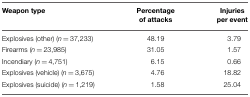
<table><thead><tr><td><b>Weapon type</b></td><td><b>Percentage of attacks</b></td><td><b>Injuries per event</b></td></tr></thead><tbody><tr><td>Explosives (other) (<i>n</i> = 37,233)</td><td>48.19</td><td>3.79</td></tr><tr><td>Firearms (<i>n</i> = 23,985)</td><td>31.05</td><td>1.57</td></tr><tr><td>Incendiary (<i>n</i> = 4,751)</td><td>6.15</td><td>0.66</td></tr><tr><td>Explosives (vehicle) (<i>n</i> = 3,675)</td><td>4.76</td><td>18.82</td></tr><tr><td>Explosives (suicide) (<i>n</i> = 1,219)</td><td>1.58</td><td>25.04</td></tr></tbody></table>